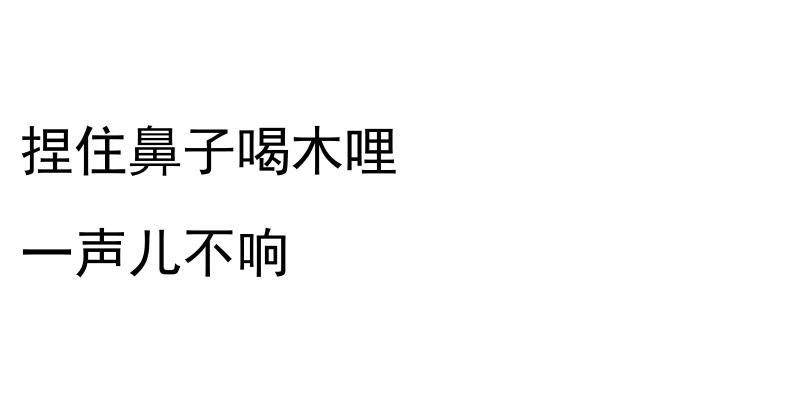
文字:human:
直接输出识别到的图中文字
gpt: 捏住鼻子喝木哩 一声儿不响